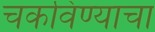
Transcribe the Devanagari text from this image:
चकविण्याचा